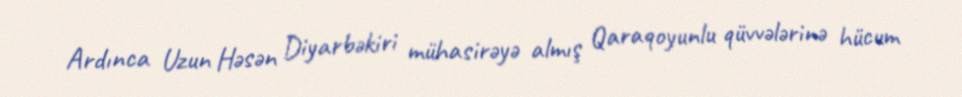
Ardınca Uzun Həsən Diyarbəkiri mühasirəyə almış Qaraqoyunlu qüvvələrinə hücum